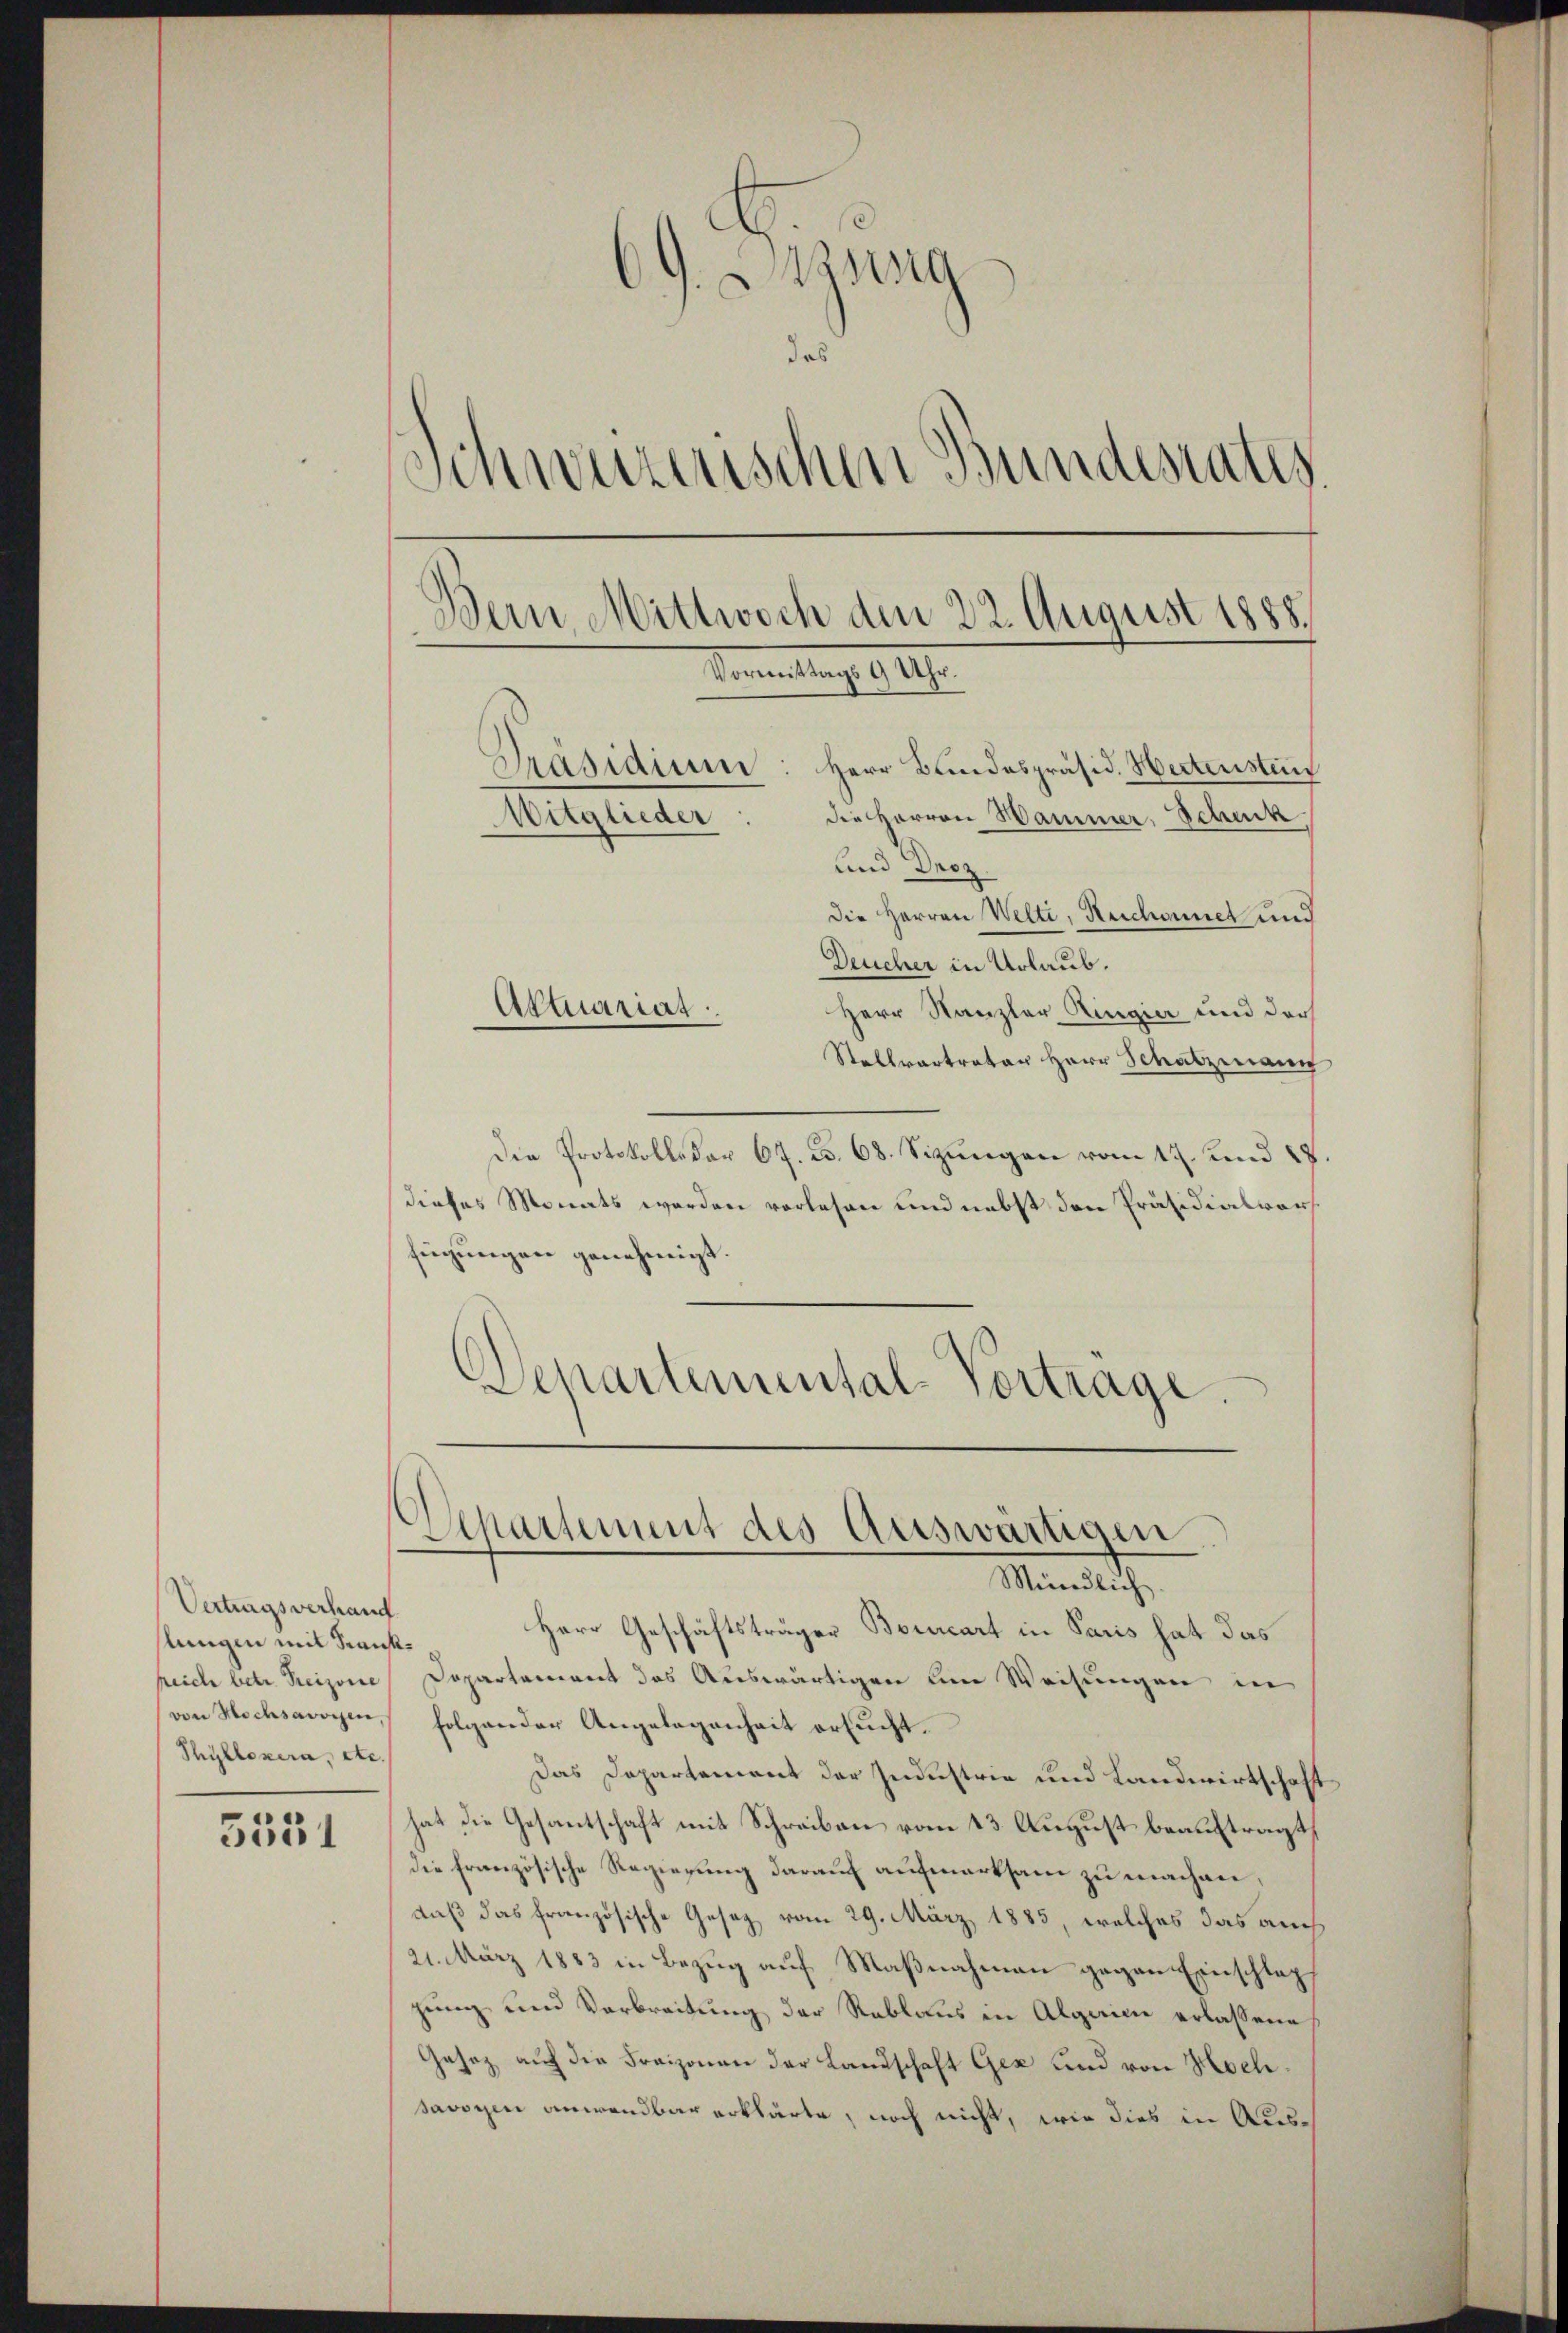
Vertragsverhand
slungen mit Krankpeiche betr. Preisoire
von Hochsavoyen
Thyllexera, etc.

5551

G. Satzung
das
Schweizerischen Bundesrates
Dein Mittwoch den 22. August 1888.
Vermutung 1912.
Präsidium: Herr Bundespräsid. Hectensten
die Herren Hammer, Schnik
Mitglieder
und Droz.
Die Herren Welti, Reichonnet und
Deucher in Urlaub.
Aktuariat
Herr Kanzler Ringier und der

Stellvertrator Herr Schatzmann
Die Protokolls der 67. c. 68. Sizungen vom 17. und 17.
dieses Monats werden vorlesen und nebst den Präsidialvor
fügungen genehmigt.
Departemental-Vortrage.

Departement des Auswärtigen
Mündlich.

Herr Geschäftsträger Bourcart in Paris hat das
Departement des Auswärtigen um Weisungen in
folgender Angelegenheit ersucht.
Das Departement der Industrie und Landwirtschaft
hat die Gesantschaft mit Schreiben vom 13. August beauftragt,
die Französische Regierung darauf aufmerksam zu machen,
daß das französische Gesetz vom 29. März 1885, welches das auch
21. März 1883 in Bezug auf Maßnahmann gegen Einschlag
gung und Verbreitung der Rablaus in Algaim erlassene
Gesaz auf die Fraisonen der Landschaft Gez und von Hochsavoyen anwendbar erklärte, noch nicht, wie dies in Aus¬